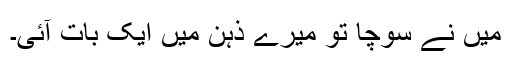
میں نے سوچا تو میرے ذہن میں ایک بات آئی۔